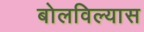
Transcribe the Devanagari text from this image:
बोलविल्यास